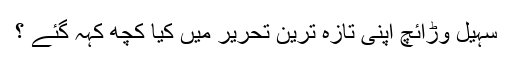
سہیل وڑائچ اپنی تازہ ترین تحریر میں کیا کچھ کہہ گئے ؟